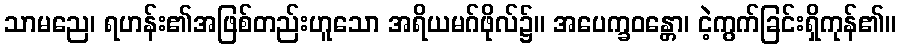
သာမညေ၊ ရဟန်း၏အဖြစ်တည်းဟူသော အရိယမဂ်ဖိုလ်၌။ အပေက္ခဝန္တော၊ ငဲ့ကွက်ခြင်းရှိကုန်၏။